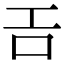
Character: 𢀛